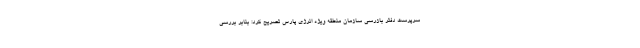
سرپرست دفتر بازرسی سازمان منطقه ویژه انرژی پارس تصریح کرد: بنابر بررسی